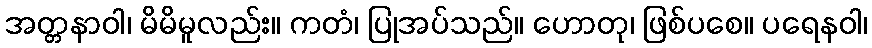
အတ္တနာဝါ၊ မိမိမူလည်း။ ကတံ၊ ပြုအပ်သည်။ ဟောတု၊ ဖြစ်ပစေ။ ပရေနဝါ၊